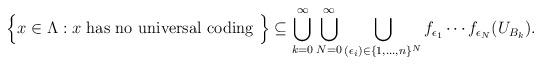
LaTeX: \begin{align*}\Big\{x\in \Lambda: x \textrm{ has no universal coding }\Big\}\subseteq \bigcup_{k=0}^{\infty}\bigcup_{N=0}^{\infty}\bigcup_{(\epsilon_{i})\in\{1,\ldots, n\}^{N}} f_{\epsilon_{1}}\cdots f_{\epsilon_{N}}(U_{B_{k}}).\end{align*}